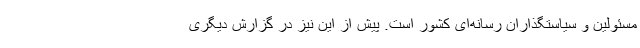
مسئولین و سیاستگذاران رسانه‌ای کشور است. پیش از این نیز در گزارش دیگری